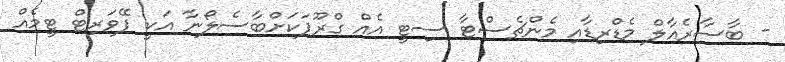
- ބާސާރެއާލް މެޑްރިޑާއި މެންޗެސްޓާ ސިޓީ އެއް ގްރޫޕަކަށްބާސެލޯނާ އަކީ ފޭވަރިޓް ޓީމެއް